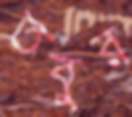
তবুর